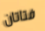
فتاتان